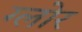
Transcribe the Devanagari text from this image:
ग्लोर